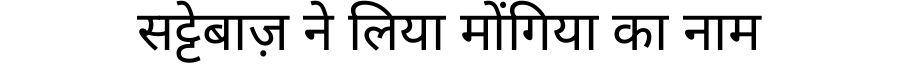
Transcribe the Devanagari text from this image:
सट्टेबाज़ ने लिया मोंगिया का नाम